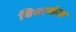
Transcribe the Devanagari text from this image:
विद्याकंज